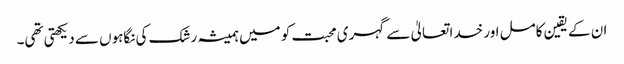
ان کے یقین کامل اور خدا تعالیٰ سے گہری محبت کو میں ہمیشہ رشک کی نگاہوں سے دیکھتی تھی۔